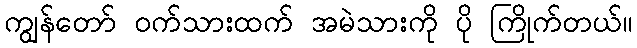
ကျွန်တော် ဝက်သားထက် အမဲသားကို ပို ကြိုက်တယ်။